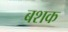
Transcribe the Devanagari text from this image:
बशक